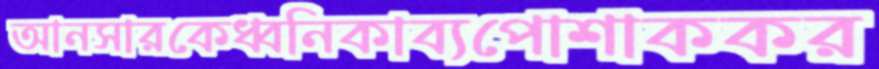
আনসারকেধ্বনিকাব্যপোশাককর